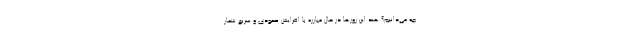
چه می‌دانیم؟ هند این روزها در حال مبارزه با افزایش صعودی و سریع شمار